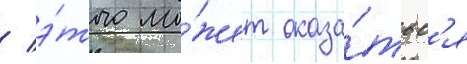
/ э́того мо́жет оказа́тьс'я